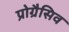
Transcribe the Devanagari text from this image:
प्रोग्रैसिव